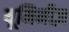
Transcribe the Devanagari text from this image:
यूमिनीज़